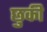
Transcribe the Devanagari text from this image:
छुकी